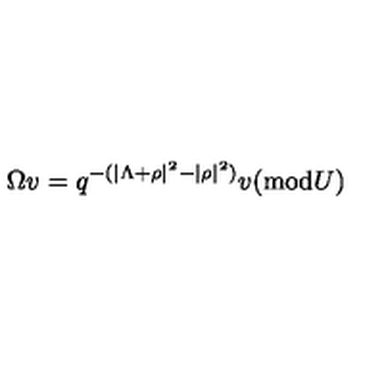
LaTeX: \Omega v = q ^ { - ( | \Lambda + \rho | ^ { 2 } - | \rho | ^ { 2 } ) } v ( \mathrm { m o d } U )